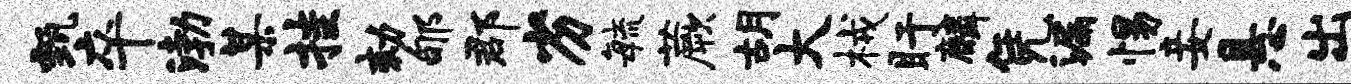
甄卒渤某挂劾郇郡劣敏蕨胡大械盱麟凭漏惕妾悬出